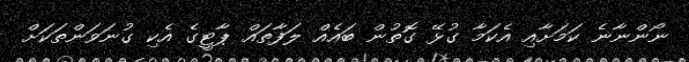
ނޯންނާނެ ކަމަށާއި އެކަމާ ގުޅޭ ގޮތުން ބައެއް ލަފާތައް ޕާޓީގެ އެކި ގުނަވަންތަކަށް